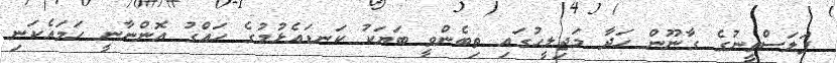
ފަލަސްތީނުގެ ގާނޫން ހަދާ މަޖިލީހުގައި ތިބެންވީ ބަޔަކު ކަނޑައެޅުމުގެ ހައްގު އޮންނާނީ ހަމައެކަނި